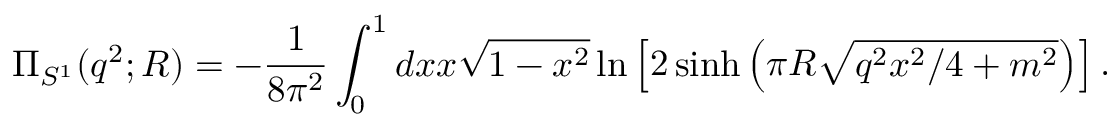
\Pi _ { S ^ { 1 } } ( q ^ { 2 } ; R ) = - { \frac { 1 } { 8 \pi ^ { 2 } } } \int _ { 0 } ^ { 1 } d x x \sqrt { 1 - x ^ { 2 } } \ln \left[ 2 \sinh \left( \pi R \sqrt { q ^ { 2 } x ^ { 2 } / 4 + m ^ { 2 } } \right) \right] .